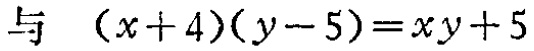
与 \((x + 4)(y - 5)=xy + 5\)